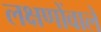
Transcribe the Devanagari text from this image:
लक्षणोंवाले